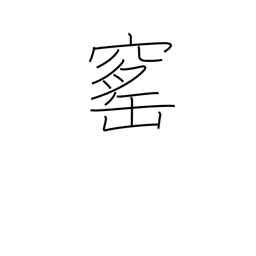
Meaning: brick kiln